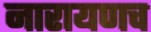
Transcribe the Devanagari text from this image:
नारायणच